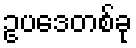
ဥပဒေတစ်ခု